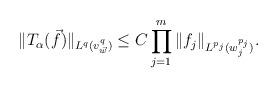
LaTeX: \begin{align*} \|T_{\alpha}(\vec{f})\|_{L^{q}(v_{\vec{w}}^{q})} &\le C \prod_{j=1}^{m}\|f_{j}\|_{L^{p_{j}}(w_{j}^{p_{j}})}.\end{align*}